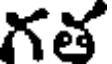
గత